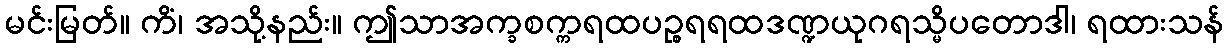
မင်းမြတ်။ ကိံ၊ အသို့နည်း။ ဤသာအက္ခစက္ကရထပဉ္စရရထဒဏ္ဍယုဂရသ္မိပတောဒါ၊ ရထားသန်